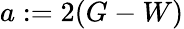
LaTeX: a:=2(G-W)